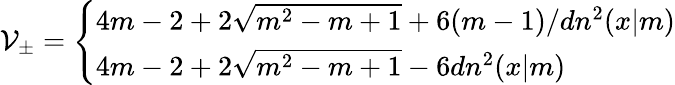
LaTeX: \mathcal{V}_{\pm}=\left\{ \begin{array}{l}{{4m-2+2\sqrt{m^{2}-m+1}+6(m-1)/dn^{2}(x|m)}}\\ {{4m-2+2\sqrt{m^{2}-m+1}-6dn^{2}(x|m)}}\end{array}\right.